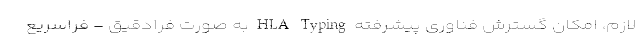
لازم، امکان گسترش فناوری پیشرفته HLA Typing به صورت فرادقیق - فراسریع